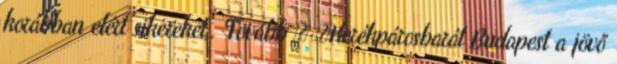
korábban elért sikereket,. Tovább › ›Kerékpárosbarát Budapest a jövő